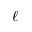
\ell